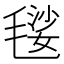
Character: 𣯢